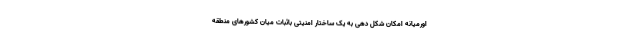
اورمیانه امکان شکل دهی به یک ساختار امنیتی باثبات میان کشورهای منطقه